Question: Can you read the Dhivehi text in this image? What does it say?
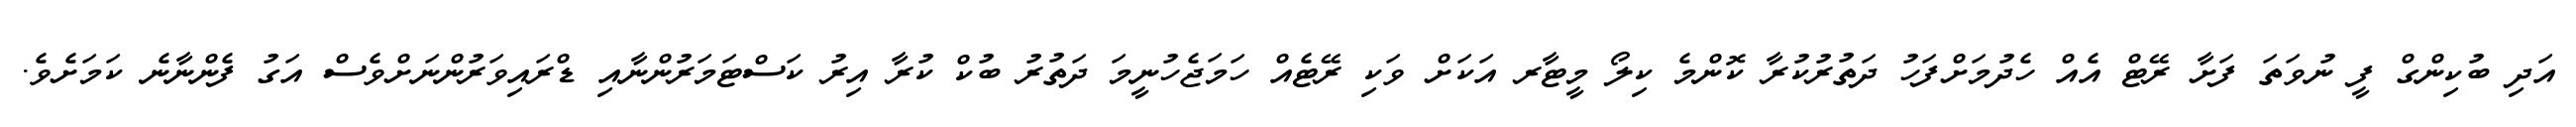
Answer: އަދި ބުކިންގް ފީ ނުވަތަ ފަށާ ރޭޓް އެއް ހެދުމަށްފަހު ދަތުރުކުރާ ކޮންމެ ކިލޯ މީޓާރ އަކަށް ވަކި ރޭޓެއް ހަމަޖެހުނީމަ ދަތުރު ބުކް ކުރާ އިރު ކަސްޓަމަރުންނާއި ޑްރައިވަރުންނަށްވެސް އަގު ފެންނާނެ ކަމަށެވެ.